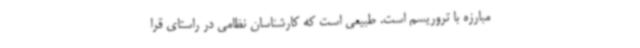
مبارزه با تروریسم است. طبیعی است که کارشناسان نظامی در راستای قرا